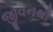
જીવનથી